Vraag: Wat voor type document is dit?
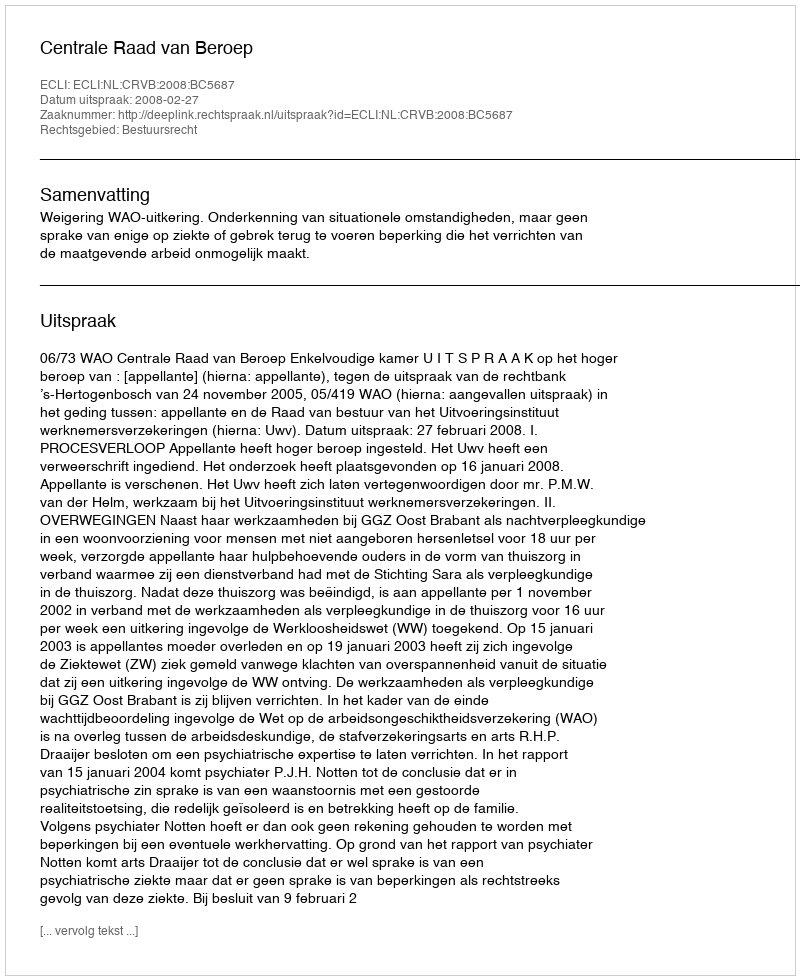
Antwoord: Uitspraak